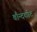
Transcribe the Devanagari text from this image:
चौन्दकोट